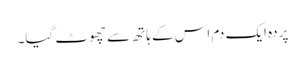
پردہ ایک دم اس کے ہاتھ سے چھوٹ گیا۔